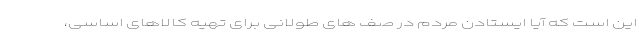
این است که آیا ایستادن مردم در صف های طولانی برای تهیه کالاهای اساسی،